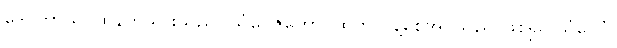
ဒေဝတာယ၊ ထိုနတ်သားသည်။ သံဝေဇိတော၊ ထိတ်လန့်စေအပ်သည် ဖြစ်၍။ သံဝေဂံ၊